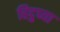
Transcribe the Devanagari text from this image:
हिदुच्या